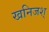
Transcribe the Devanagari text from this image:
खनिजश्